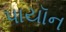
પાયૉન